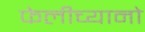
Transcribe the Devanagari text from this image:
फेलीच्यानो